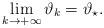
LaTeX: \begin{align*} \lim_{k\to+ \infty}\vartheta_{k}=\vartheta_{\star}. \end{align*}